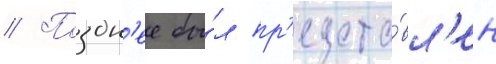
// Поздн'ее бы́л пр'едста́вл'ен